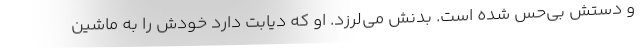
و دستش بی‌حس شده است. بدنش می‌لرزد. او که دیابت دارد خودش را به ماشین